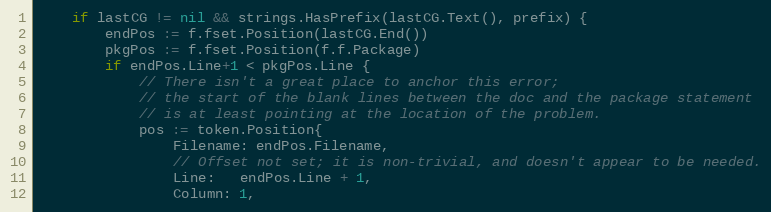
Language: Go
	if lastCG != nil && strings.HasPrefix(lastCG.Text(), prefix) {
		endPos := f.fset.Position(lastCG.End())
		pkgPos := f.fset.Position(f.f.Package)
		if endPos.Line+1 < pkgPos.Line {
			// There isn't a great place to anchor this error;
			// the start of the blank lines between the doc and the package statement
			// is at least pointing at the location of the problem.
			pos := token.Position{
				Filename: endPos.Filename,
				// Offset not set; it is non-trivial, and doesn't appear to be needed.
				Line:   endPos.Line + 1,
				Column: 1,